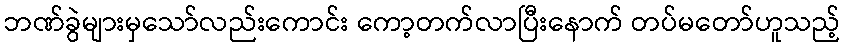
ဘဏ်ခွဲများမှသော်လည်းကောင်း ကော့တက်လာပြီးနောက် တပ်မတော်ဟူသည့်